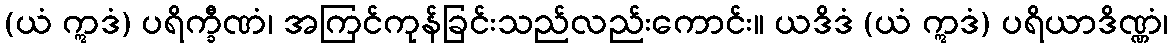
(ယံ ဣဒံ) ပရိက္ခီဏံ၊ အကြင်ကုန်ခြင်းသည်လည်းကောင်း။ ယဒိဒံ (ယံ ဣဒံ) ပရိယာဒိဏ္ဏံ၊